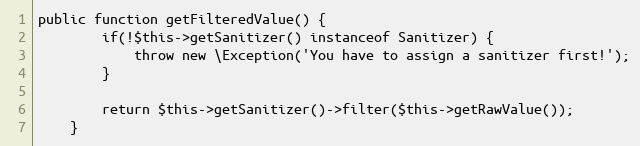
Language: PHP
public function getFilteredValue() {
        if(!$this->getSanitizer() instanceof Sanitizer) {
            throw new \Exception('You have to assign a sanitizer first!');
        }

        return $this->getSanitizer()->filter($this->getRawValue());
    }